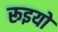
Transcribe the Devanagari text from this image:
रूइयो